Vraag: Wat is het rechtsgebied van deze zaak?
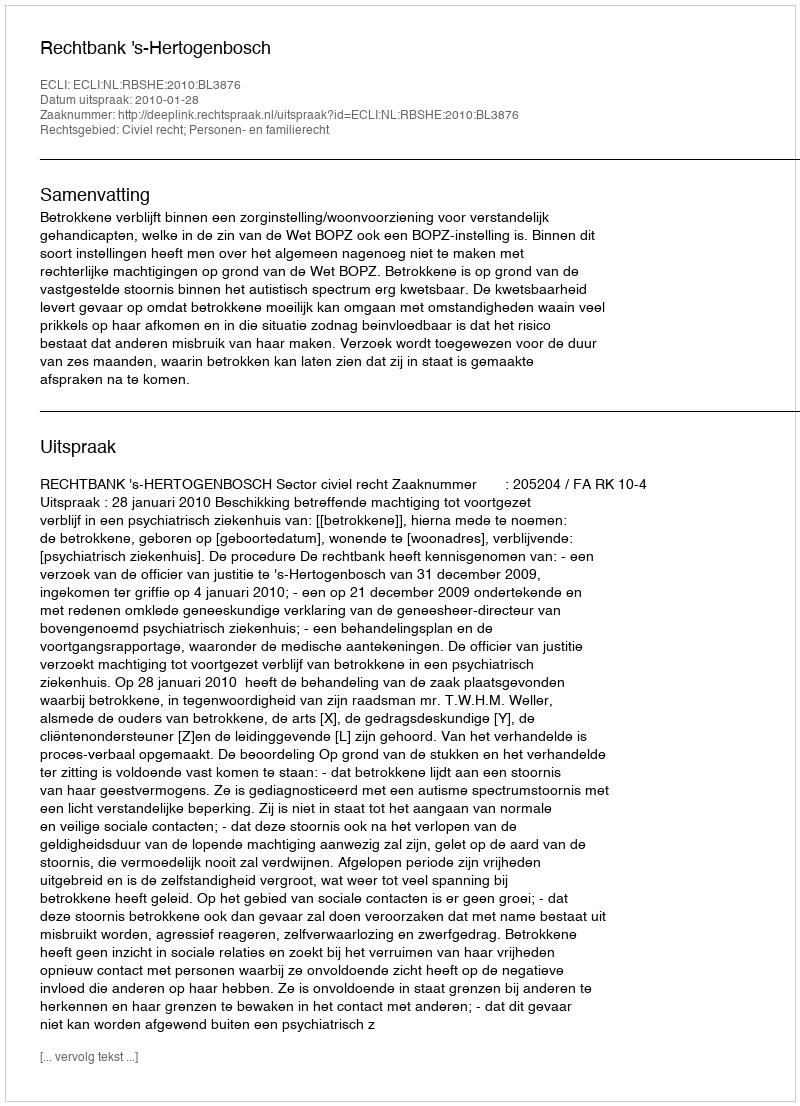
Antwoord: Civiel recht; Personen- en familierecht